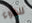
للضوء